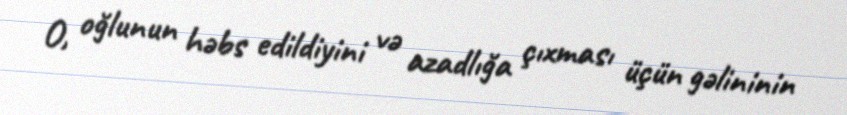
O, oğlunun həbs edildiyini və azadlığa çıxması üçün gəlininin